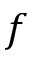
f